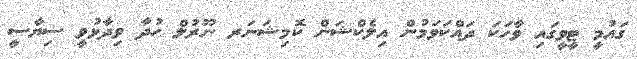
ގައުމީ ޓީވީގައި ވާހަކަ ދައްކަވަމުން އިލެކްޝަން ކޮމިޝަނަރ ނޫރުލް ހުދާ ވިދާޅުވީ ސިޔާސީ